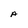
Character: A